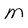
Character: m